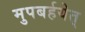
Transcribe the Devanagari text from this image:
मुपबर्हयेत्